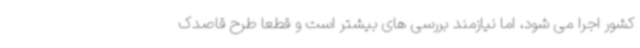
کشور اجرا می شود، اما نیازمند بررسی های بیشتر است و قطعا طرح قاصدک